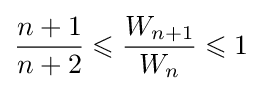
{\frac {n+1}{n+2}}\leqslant {\frac {W_{n+1}}{W_{n}}}\leqslant 1